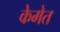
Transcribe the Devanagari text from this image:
केमेत